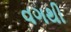
વગથી